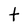
Character: t